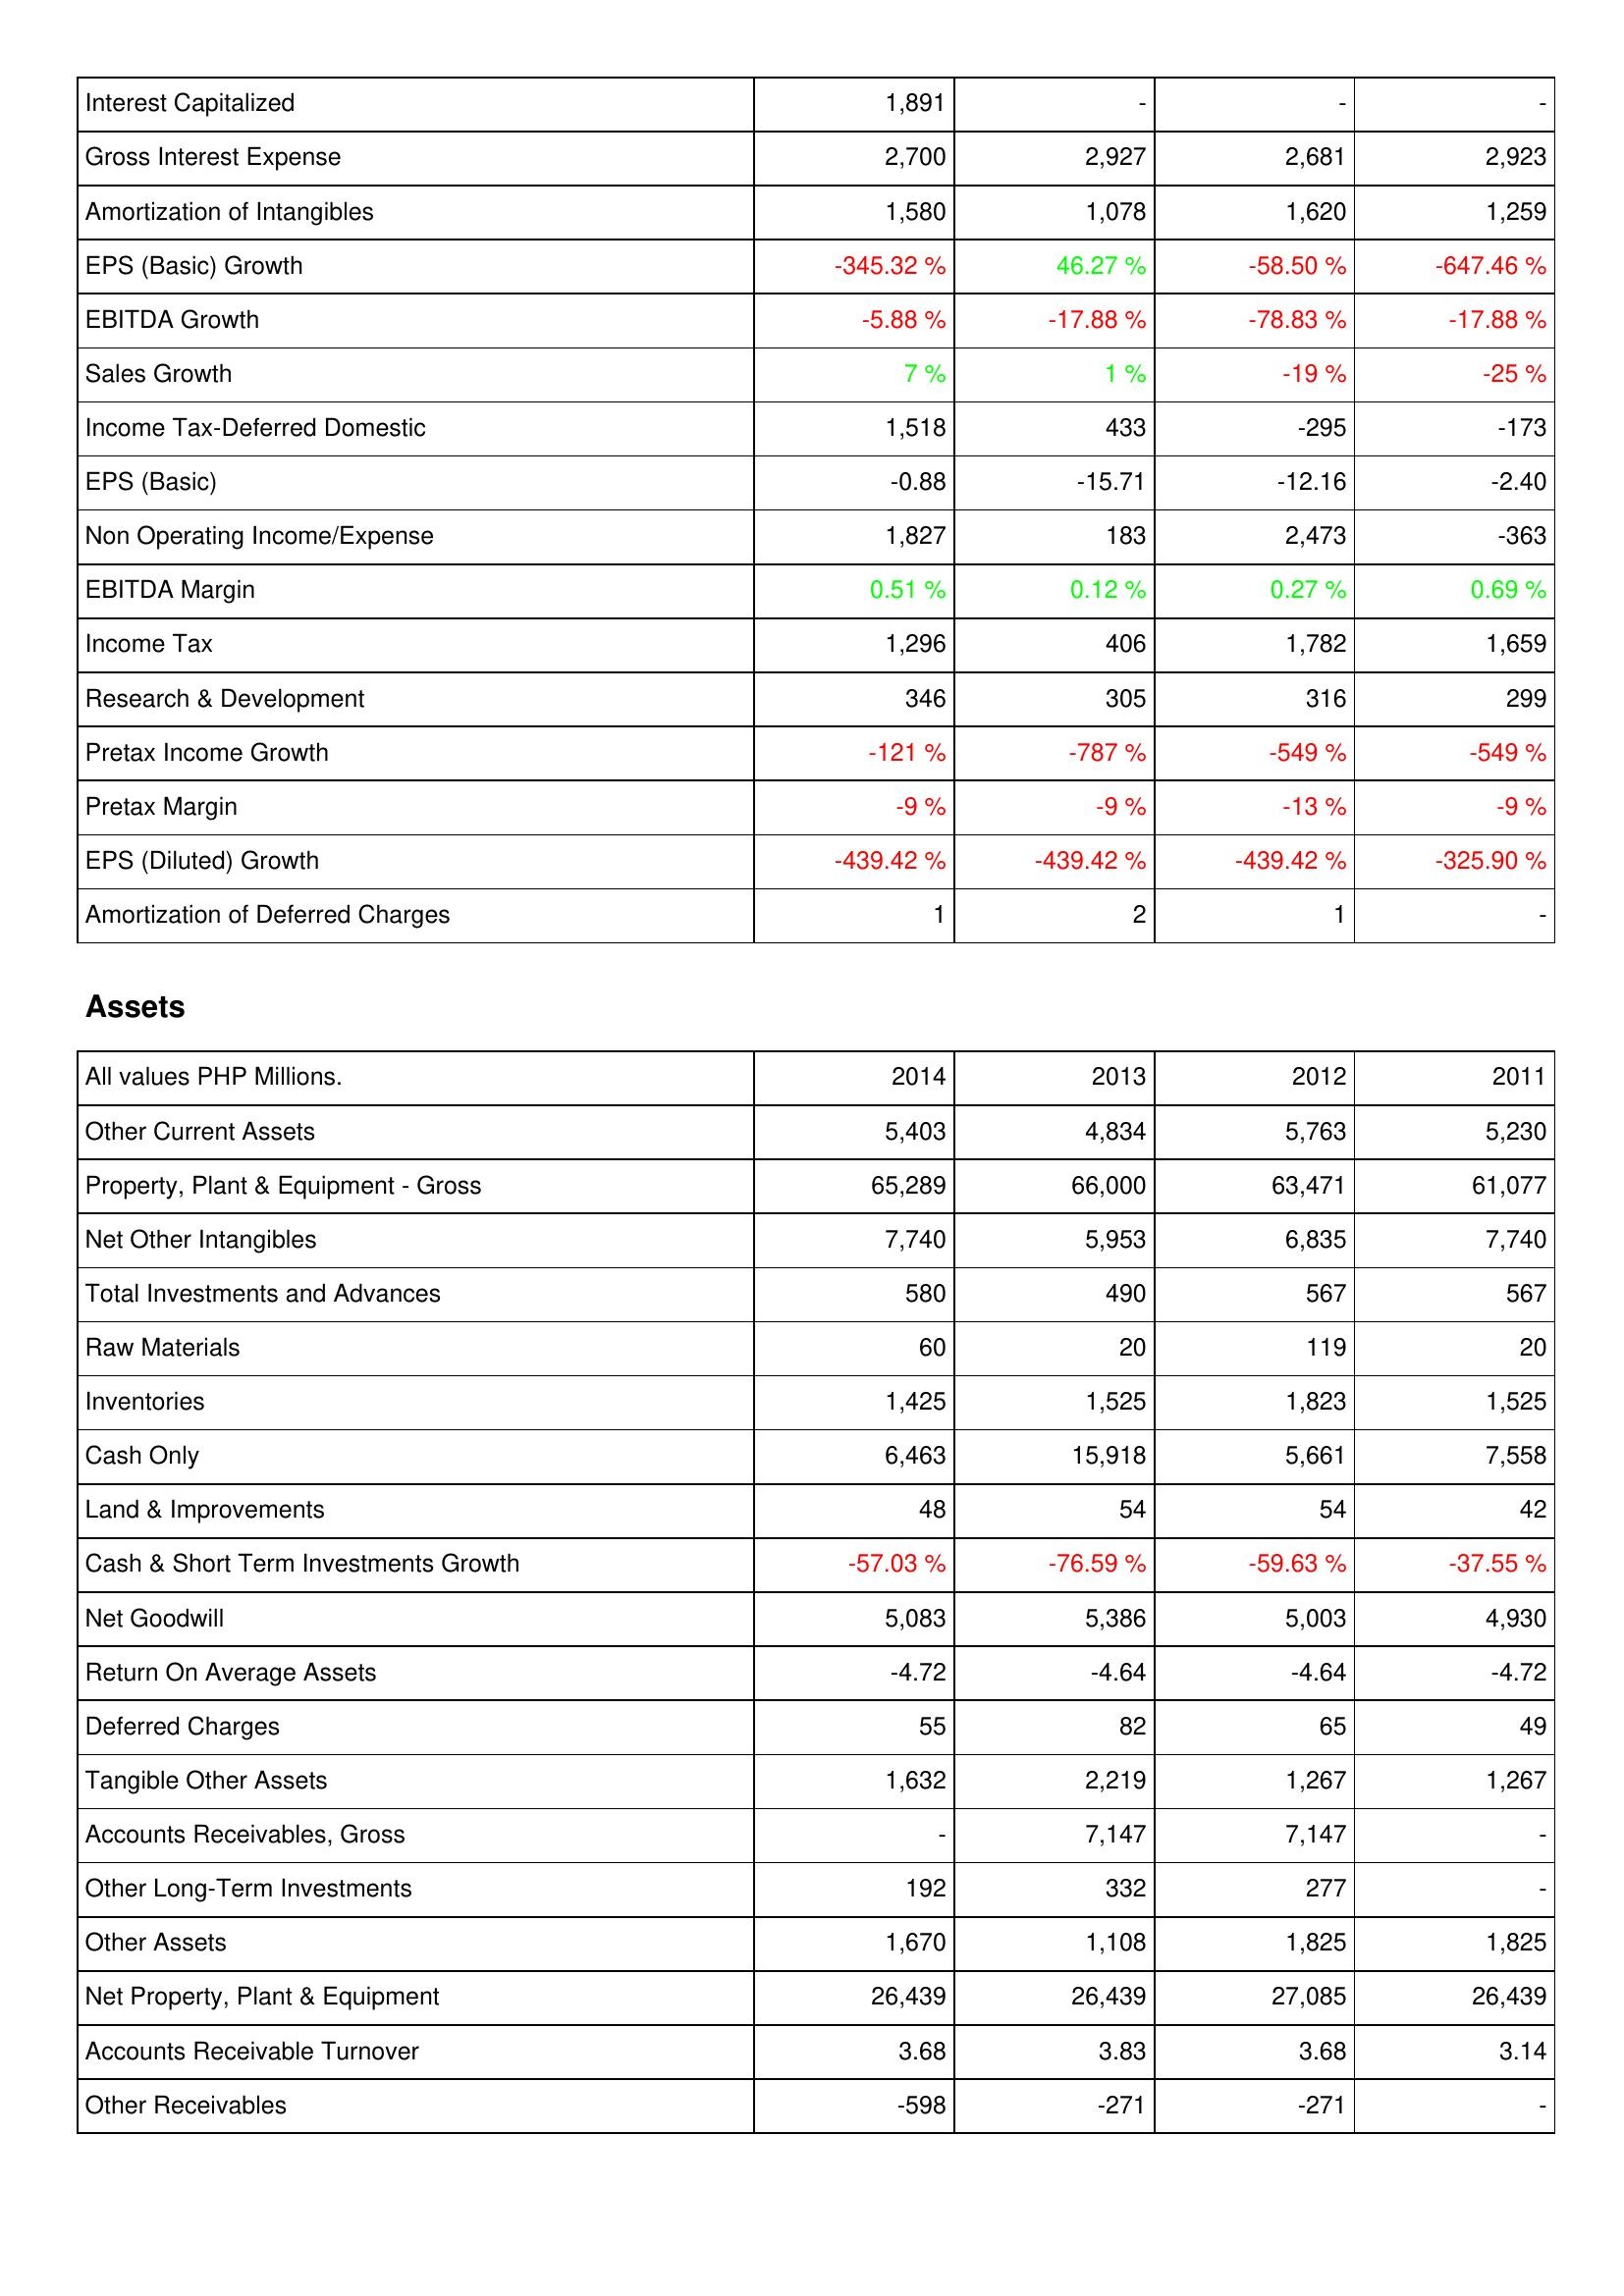
2014: Income Statement: Interest Capitalized: 1,891
Gross Interest Expense: 2,700
Amortization of Intangibles: 1,580
EPS (Basic) Growth: -345.32 %
EBITDA Growth: -5.88 %
Sales Growth: 7 %
Income Tax-Deferred Domestic: 1,518
EPS (Basic): -0.88
Non Operating Income/Expense: 1,827
EBITDA Margin: 0.51 %
Income Tax: 1,296
Research & Development: 346
Pretax Income Growth: -121 %
Pretax Margin: -9 %
EPS (Diluted) Growth: -439.42 %
Amortization of Deferred Charges: 1
Assets: Other Current Assets: 5,403
Property, Plant & Equipment - Gross: 65,289
Net Other Intangibles: 7,740
Total Investments and Advances: 580
Raw Materials: 60
Inventories: 1,425
Cash Only: 6,463
Land & Improvements: 48
Cash & Short Term Investments Growth: -57.03 %
Net Goodwill: 5,083
Return On Average Assets: -4.72
Deferred Charges: 55
Tangible Other Assets: 1,632
Accounts Receivables, Gross: -
Other Long-Term Investments: 192
Other Assets: 1,670
Net Property, Plant & Equipment: 26,439
Accounts Receivable Turnover: 3.68
Other Receivables: -598
2013: Income Statement: Interest Capitalized: -
Gross Interest Expense: 2,927
Amortization of Intangibles: 1,078
EPS (Basic) Growth: 46.27 %
EBITDA Growth: -17.88 %
Sales Growth: 1 %
Income Tax-Deferred Domestic: 433
EPS (Basic): -15.71
Non Operating Income/Expense: 183
EBITDA Margin: 0.12 %
Income Tax: 406
Research & Development: 305
Pretax Income Growth: -787 %
Pretax Margin: -9 %
EPS (Diluted) Growth: -439.42 %
Amortization of Deferred Charges: 2
Assets: Other Current Assets: 4,834
Property, Plant & Equipment - Gross: 66,000
Net Other Intangibles: 5,953
Total Investments and Advances: 490
Raw Materials: 20
Inventories: 1,525
Cash Only: 15,918
Land & Improvements: 54
Cash & Short Term Investments Growth: -76.59 %
Net Goodwill: 5,386
Return On Average Assets: -4.64
Deferred Charges: 82
Tangible Other Assets: 2,219
Accounts Receivables, Gross: 7,147
Other Long-Term Investments: 332
Other Assets: 1,108
Net Property, Plant & Equipment: 26,439
Accounts Receivable Turnover: 3.83
Other Receivables: -271
2012: Income Statement: Interest Capitalized: -
Gross Interest Expense: 2,681
Amortization of Intangibles: 1,620
EPS (Basic) Growth: -58.50 %
EBITDA Growth: -78.83 %
Sales Growth: -19 %
Income Tax-Deferred Domestic: -295
EPS (Basic): -12.16
Non Operating Income/Expense: 2,473
EBITDA Margin: 0.27 %
Income Tax: 1,782
Research & Development: 316
Pretax Income Growth: -549 %
Pretax Margin: -13 %
EPS (Diluted) Growth: -439.42 %
Amortization of Deferred Charges: 1
Assets: Other Current Assets: 5,763
Property, Plant & Equipment - Gross: 63,471
Net Other Intangibles: 6,835
Total Investments and Advances: 567
Raw Materials: 119
Inventories: 1,823
Cash Only: 5,661
Land & Improvements: 54
Cash & Short Term Investments Growth: -59.63 %
Net Goodwill: 5,003
Return On Average Assets: -4.64
Deferred Charges: 65
Tangible Other Assets: 1,267
Accounts Receivables, Gross: 7,147
Other Long-Term Investments: 277
Other Assets: 1,825
Net Property, Plant & Equipment: 27,085
Accounts Receivable Turnover: 3.68
Other Receivables: -271
2011: Income Statement: Interest Capitalized: -
Gross Interest Expense: 2,923
Amortization of Intangibles: 1,259
EPS (Basic) Growth: -647.46 %
EBITDA Growth: -17.88 %
Sales Growth: -25 %
Income Tax-Deferred Domestic: -173
EPS (Basic): -2.40
Non Operating Income/Expense: -363
EBITDA Margin: 0.69 %
Income Tax: 1,659
Research & Development: 299
Pretax Income Growth: -549 %
Pretax Margin: -9 %
EPS (Diluted) Growth: -325.90 %
Amortization of Deferred Charges: -
Assets: Other Current Assets: 5,230
Property, Plant & Equipment - Gross: 61,077
Net Other Intangibles: 7,740
Total Investments and Advances: 567
Raw Materials: 20
Inventories: 1,525
Cash Only: 7,558
Land & Improvements: 42
Cash & Short Term Investments Growth: -37.55 %
Net Goodwill: 4,930
Return On Average Assets: -4.72
Deferred Charges: 49
Tangible Other Assets: 1,267
Accounts Receivables, Gross: -
Other Long-Term Investments: -
Other Assets: 1,825
Net Property, Plant & Equipment: 26,439
Accounts Receivable Turnover: 3.14
Other Receivables: -